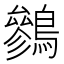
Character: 𪅩